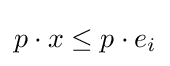
p\cdot x\leq p\cdot e_{i}